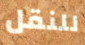
للنقل